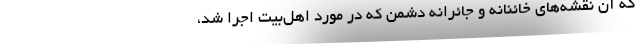
که آن نقشه‌های خائنانه و جائرانه دشمن که در مورد اهل‌بیت اجرا شد،